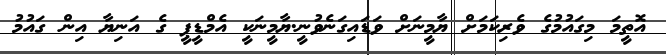
އޮތީމަ މިގައުމުގެ ވެރިކަމަށް ޔާމީނަށް ވަޑައިގަނެވުނީ.ޔާމީނަކީ އެމްޑީޕީ ގެ އަނިޔާ އިން ގައުމު